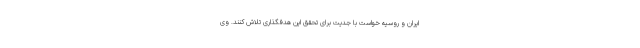
ایران و روسیه خواست با جدیت برای تحقق این هدفگذاری تلاش کنند. وی